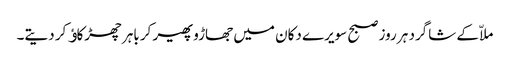
ملاّ کے شاگرد ہر روز صبح سویرے دکان میں جھاڑو پھیر کر باہر چھڑکاﺅ کر دیتے۔